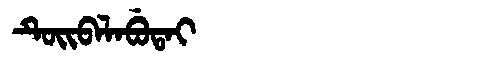
Manchu: ᡨᡠᡳᠪᠠᠯᠠᠪᡠᡨᠠᡳ
Romanization: TUIBALABUTAI